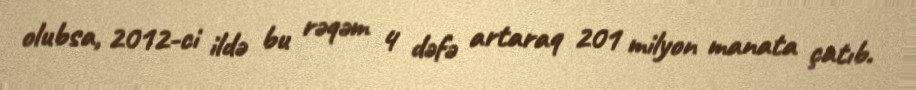
olubsa, 2012-ci ildə bu rəqəm 4 dəfə artaraq 201 milyon manata çatıb.